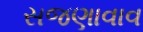
સજણાવાવ